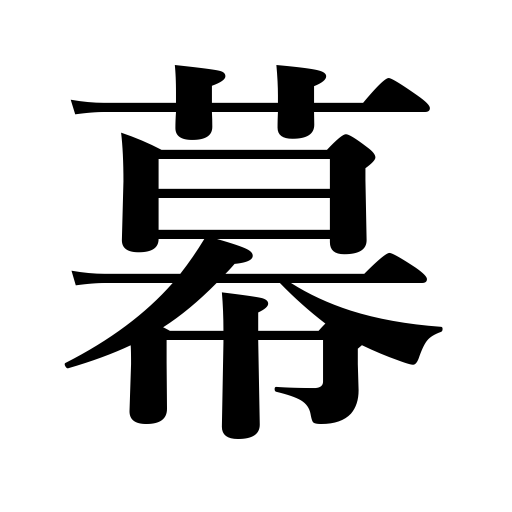
Meanings: end,curtain,an act in a play,a matter,bunting,first rank in sumo,a case